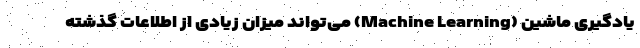
یادگیری ماشین (Machine Learning) می‌تواند میزان زیادی از اطلاعات گذشته